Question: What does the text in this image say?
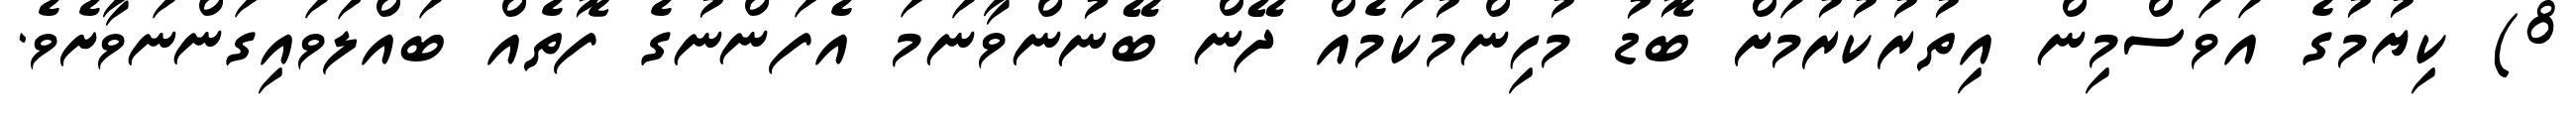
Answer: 8) ކިޔުމުގެ އަވަސްމިން އިތުރުކުރުމަށް ބޮޑު މުހިންމުކަމެއް ދޭން ބޭނުންވާނަމަ އެފަންނުގެ ފޮތެއް ބައްލަވައިގަންނަވާށެވެ.